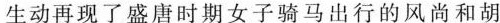
生动再现了盛唐时期女子骑马出行的风尚和胡